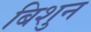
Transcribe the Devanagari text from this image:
बिशुन